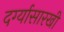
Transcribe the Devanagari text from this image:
दर्ग्यासारखी